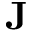
\bf { J }